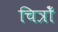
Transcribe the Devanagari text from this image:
चित्रोँ